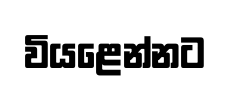
වියළෙන්නට